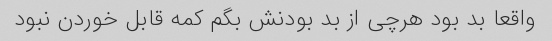
واقعا بد بود هرچی از بد بودنش بگم کمه قابل خوردن نبود